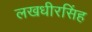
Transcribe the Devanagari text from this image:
लखधीरसिंह